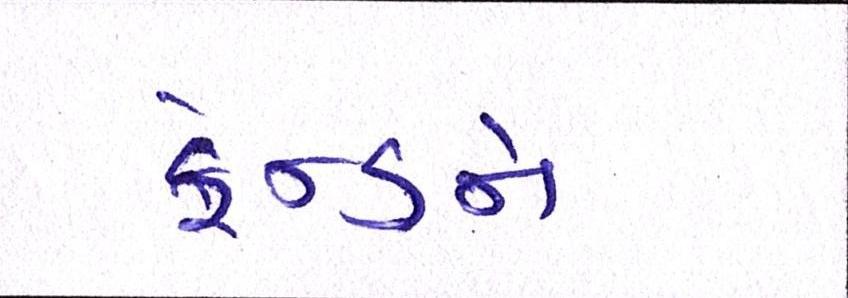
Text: ફ્રેન્ડને